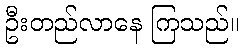
ဦးတည်လာနေ ကြသည်။